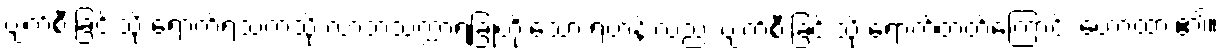
ပျက်စီးခြင်းသို့ ရောက်ရသကဲ့သို့ လာဘသက္ကာရခြုံတိုးသော ရဟန်းလည်း ပျက်စီးခြင်းသို့ ရောက်တတ်ကြောင်း ဟောထား၏။